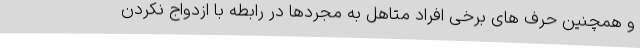
و همچنین حرف های برخی افراد متاهل به مجردها در رابطه با ازدواج نکردن